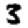
Digit: 3